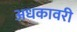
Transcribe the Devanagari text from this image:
अधकावरी